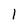
Character: 1